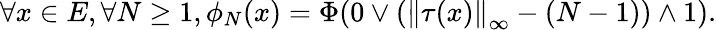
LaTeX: \forall x\in E,\forall N\geq 1,\phi_{N}(x)=\Phi(0\vee(\left\lVert\tau(x)\right\rVert_{\infty}-(N-1))\wedge 1).